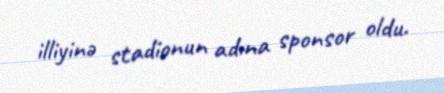
illiyinə stadionun adına sponsor oldu.